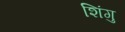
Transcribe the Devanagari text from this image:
शिंगु